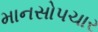
માનસોપચાર